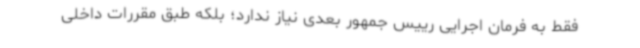
فقط به فرمان اجرایی رییس جمهور بعدی نیاز ندارد؛ بلکه طبق مقررات داخلی